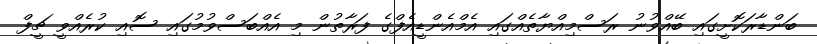
ބަންޑާރަކޮށީގައި ބޭއްވުނު ރަސްމިއްޔާތެއްގައި އެމްއެންޑީއެފްގެ ފަރާތުން މި އެއްބަސްވުމުގައި ސޮއި ކުރެއްވީ ޗީފް